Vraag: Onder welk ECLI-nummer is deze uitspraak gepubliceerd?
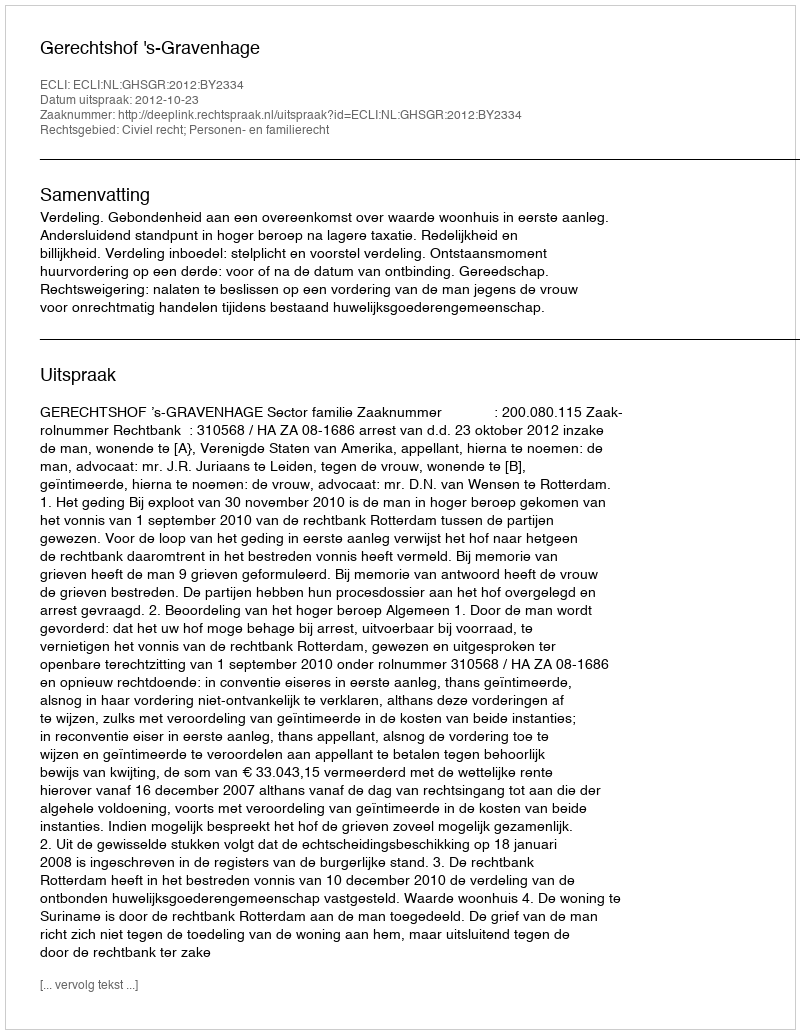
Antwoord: ECLI:NL:GHSGR:2012:BY2334